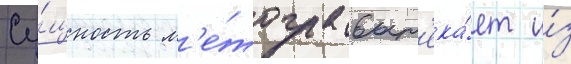
Су́щность м'е́тода выт'ека́ет и́з